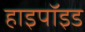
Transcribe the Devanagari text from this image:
हाइपॉइड